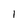
Character: l